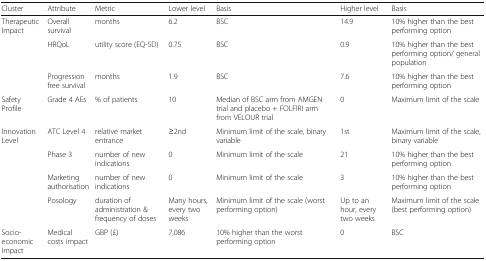
<table><thead><tr><td><b>Cluster</b></td><td><b>Attribute</b></td><td><b>Metric</b></td><td><b>Lower level</b></td><td><b>Basis</b></td><td><b>Higher level</b></td><td><b>Basis</b></td></tr></thead><tbody><tr><td rowspan="3">Therapeutic Impact</td><td>Overall survival</td><td>months</td><td>6.2</td><td>BSC</td><td>14.9</td><td>10% higher than the best performing option</td></tr><tr><td>HRQoL</td><td>utility score (EQ-5D)</td><td>0.75</td><td>BSC</td><td>0.9</td><td>10% higher than the best performing option/ general population</td></tr><tr><td>Progression free survival</td><td>months</td><td>1.9</td><td>BSC</td><td>7.6</td><td>10% higher than the best performing option</td></tr><tr><td>SafetyProfile</td><td>Grade 4 AEs</td><td>% of patients</td><td>10</td><td>Median of BSC arm from AMGEN trial and placebo + FOLFIRI arm from VELOUR trial</td><td>0</td><td>Maximum limit of the scale</td></tr><tr><td rowspan="4">InnovationLevel</td><td>ATC Level 4</td><td>relative market entrance</td><td>≥2nd</td><td>Minimum limit of the scale, binary variable</td><td>1st</td><td>Maximum limit of the scale, binary variable</td></tr><tr><td>Phase 3</td><td>number of new indications</td><td>0</td><td>Minimum limit of the scale</td><td>21</td><td>10% higher than the best performing option</td></tr><tr><td>Marketing authorisation</td><td>number of new indications</td><td>0</td><td>Minimum limit of the scale</td><td>3</td><td>10% higher than the best performing option</td></tr><tr><td>Posology</td><td>duration of administration &amp; frequency of doses</td><td>Many hours, every two weeks</td><td>Minimum limit of the scale (worst performing option)</td><td>Up to an hour, every two weeks</td><td>Maximum limit of the scale (best performing option)</td></tr><tr><td>Socio-economic Impact</td><td>Medical costs impact</td><td>GBP (£)</td><td>7,086</td><td>10% higher than the worst performing option</td><td>0</td><td>BSC</td></tr></tbody></table>